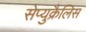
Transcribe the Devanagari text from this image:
सेप्युक्रैलिस